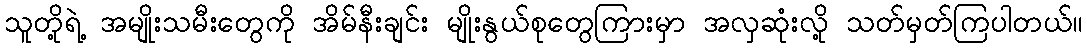
သူတို့ရဲ့ အမျိုးသမီးတွေကို အိမ်နီးချင်း မျိုးနွယ်စုတွေကြားမှာ အလှဆုံးလို့ သတ်မှတ်ကြပါတယ်။